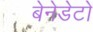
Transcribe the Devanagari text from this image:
बेनेडेटो